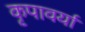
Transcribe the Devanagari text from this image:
कृपावर्या